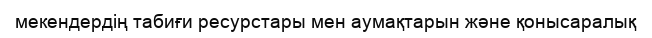
мекендердің табиғи ресурстары мен аумақтарын және қонысаралық